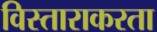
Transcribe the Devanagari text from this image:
विस्ताराकरता